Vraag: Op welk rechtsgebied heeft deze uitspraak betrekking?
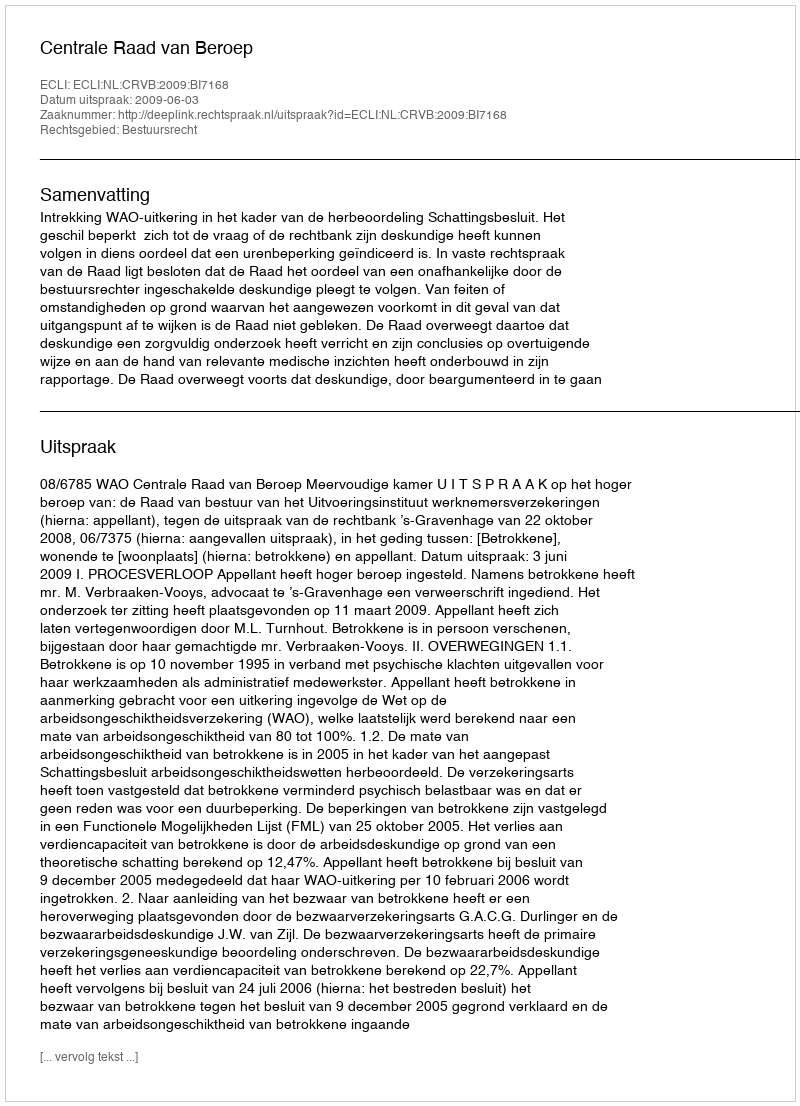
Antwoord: Bestuursrecht